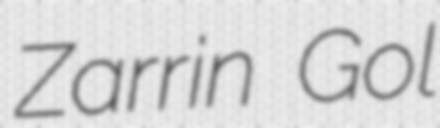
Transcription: Zarrin Gol